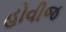
હોવીજ